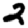
Digit: 2